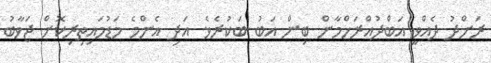
ރަށްދު ދެއްވީ އަބްދުއްރަހްމާން ބިން އަބު ބަކުރެވެ. އަދި އެންމެ މަޑުމައިތިރިކޮށް ޖަވާބު